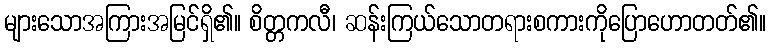
များသောအကြားအမြင်ရှိ၏။ စိတ္တကလီ၊ ဆန်းကြယ်သောတရားစကားကိုပြောဟောတတ်၏။